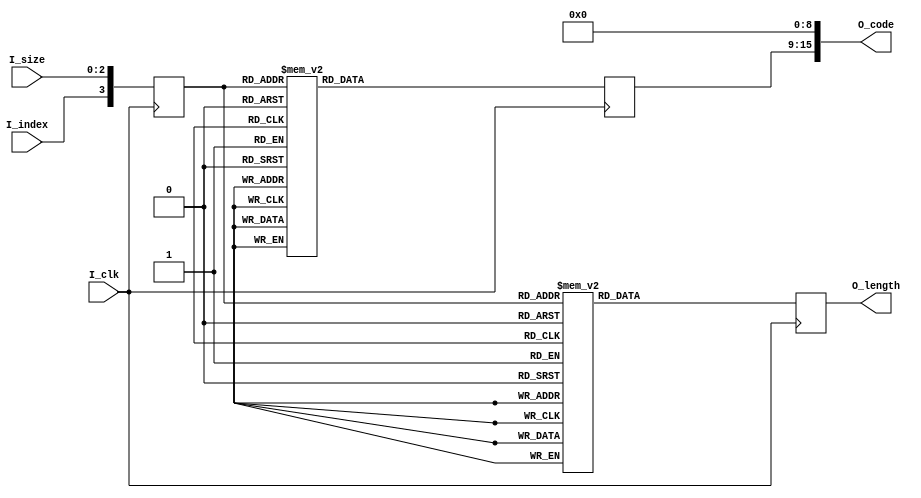
module HuffmanTableDC(
    input I_clk,
    input I_index,
    input[2:0] I_size,
    output reg[2:0] O_length,
    output[15:0] O_code
);

reg[3:0] address;

always @(posedge I_clk) begin
    address <= {I_index, I_size};
end 

always @(posedge I_clk) begin
    case (address)
        // for luminance
        4'b0000: O_length <= 3'd2;
        4'b0001: O_length <= 3'd3;
        4'b0010: O_length <= 3'd3;
        4'b0011: O_length <= 3'd3;
        4'b0100: O_length <= 3'd3;
        4'b0101: O_length <= 3'd3;
        4'b0110: O_length <= 3'd4;
        4'b0111: O_length <= 3'd5;
        // for chrominance 3'd
        4'b1000: O_length <= 3'd2;
        4'b1001: O_length <= 3'd2;
        4'b1010: O_length <= 3'd2;
        4'b1011: O_length <= 3'd3;
        4'b1100: O_length <= 3'd4;
        4'b1101: O_length <= 3'd5;
        4'b1110: O_length <= 3'd6;
        4'b1111: O_length <= 3'd7;    
        default: O_length <= 3'd0;
    endcase
end

//
reg[6:0] short_code;

assign O_code = {short_code, 9'b0};  // ACHuffman16

always @(posedge I_clk) begin
    case (address)
        // for luminance
        4'b0000: short_code <= 7'b00_00000;
        4'b0001: short_code <= 7'b010_0000;
        4'b0010: short_code <= 7'b011_0000;
        4'b0011: short_code <= 7'b100_0000;
        4'b0100: short_code <= 7'b101_0000;
        4'b0101: short_code <= 7'b110_0000;
        4'b0110: short_code <= 7'b1110_000;
        4'b0111: short_code <= 7'b11110_00;
        // for chrominance       
        4'b1000: short_code <= 7'b00_00000;
        4'b1001: short_code <= 7'b01_00000;
        4'b1010: short_code <= 7'b10_00000;
        4'b1011: short_code <= 7'b110_0000;
        4'b1100: short_code <= 7'b1110_000;
        4'b1101: short_code <= 7'b11110_00;
        4'b1110: short_code <= 7'b111110_0;
        4'b1111: short_code <= 7'b1111110;     
        default: short_code <= 7'b0;
    endcase
end

endmodule